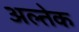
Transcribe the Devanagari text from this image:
अल्तेक